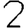
Digit: 2